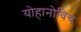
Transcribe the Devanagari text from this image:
योहानोविच